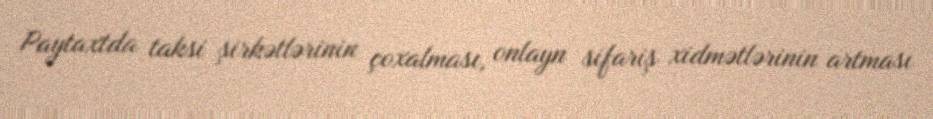
Paytaxtda taksi şirkətlərinin çoxalması, onlayn sifariş xidmətlərinin artması